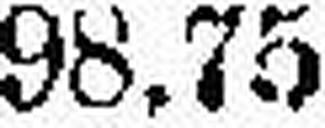
98.75